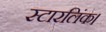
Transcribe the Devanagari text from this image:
स्टारलिंक।